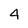
Character: 4